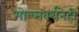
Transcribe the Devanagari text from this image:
मोल्सवर्थनेही